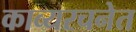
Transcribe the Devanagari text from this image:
काव्यरचनेत